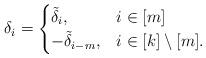
LaTeX: \begin{align*}\delta_i = \begin{cases} \tilde{\delta}_i, & i \in [m] \\-\tilde{\delta}_{i-m}, & i \in [k]\setminus [m]. \end{cases}\end{align*}